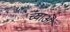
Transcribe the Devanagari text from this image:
च्याओ